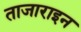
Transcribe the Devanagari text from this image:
ताजाराइन